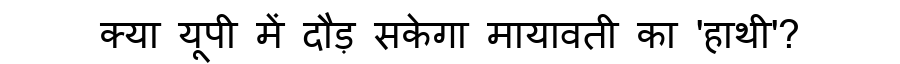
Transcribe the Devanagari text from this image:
क्या यूपी में दौड़ सकेगा मायावती का 'हाथी'?